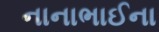
નાનાભાઈના